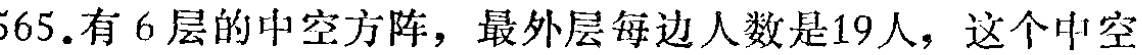
565. 有 6 层的中空方阵，最外层每边人数是19人，这个中空